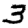
Digit: 3